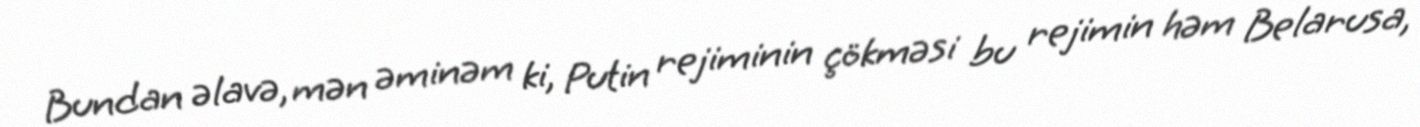
Bundan əlavə, mən əminəm ki, Putin rejiminin çökməsi bu rejimin həm Belarusa,